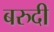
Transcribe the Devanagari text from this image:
बरुदी